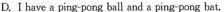
D.I have a ping-pong ball and a ping-pong bat.